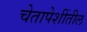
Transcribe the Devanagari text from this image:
चेतापेशींतील